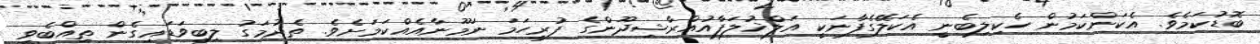
ބޮޑުކަމެވެ. އެކަންކަމުން ހެކިލިބެނީ އެކަލޭގެފާނަކީ އަލްޚުލަފާއުއްރާޝިދޫންގެ ފުރިހަމަ ނަމޫނާއެއްކަމަށެވެ. ތެދުމަގު ލިބިވަޑައިގެން ތިއްބެވި